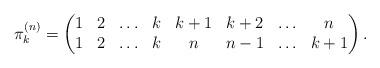
LaTeX: \begin{gather*}\pi_{k}^{(n)}= \begin{pmatrix} 1& 2& \ldots& k& k+1& k+2&\ldots& n \\1& 2& \ldots& k& n& {n-1}& \ldots& k+1 \end{pmatrix}.\end{gather*}